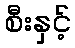
စီးနှင့်